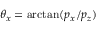
\theta _ { x } = \arctan ( p _ { x } / p _ { z } )